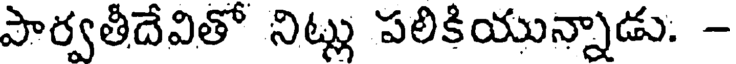
పార్వతీదేవితో నిట్లు పలికియున్నాడు: -